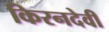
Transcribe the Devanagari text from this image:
किरनदेवी